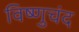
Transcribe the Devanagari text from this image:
विष्णुचंद